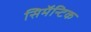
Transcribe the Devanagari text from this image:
सिमॅन्टिक